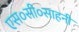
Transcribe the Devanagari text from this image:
एस०सी०साहनी